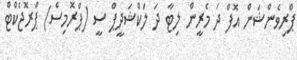
ޕްރިވެންޝަން އޮފް ދަ މެރީން ލިޓާ ދަ ލަކްޝަދީޕް ސީ (ޕްރޮމިސް) ޕްރޮޖެކްޓް